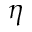
\eta